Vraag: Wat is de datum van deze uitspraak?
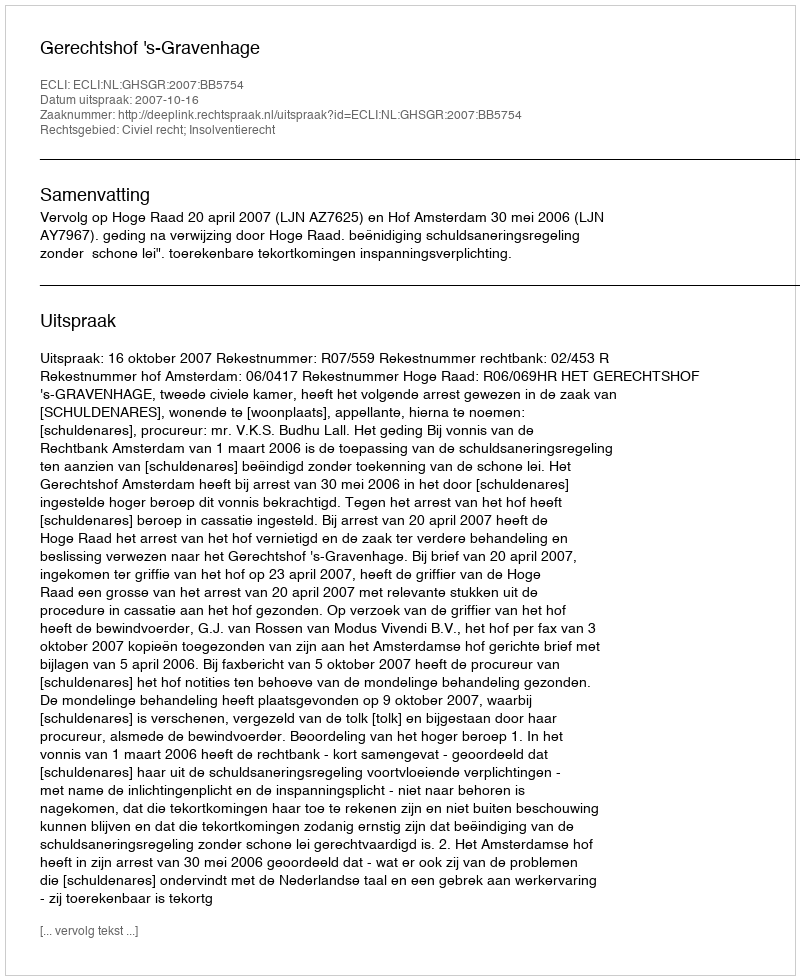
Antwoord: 2007-10-16